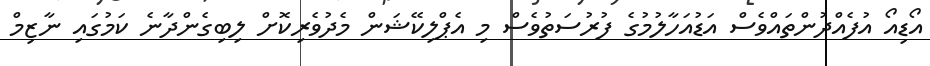
އޯޑިއޯ އުފެއްދުންތައްވެސް އަޑުއަހާލުމުގެ ފުރުސަތުވެސް މި އެޕްލިކޭޝަން މެދުވެރިކޮށް ލިބިގެންދާނެ ކަމުގައި ނާޒިމް